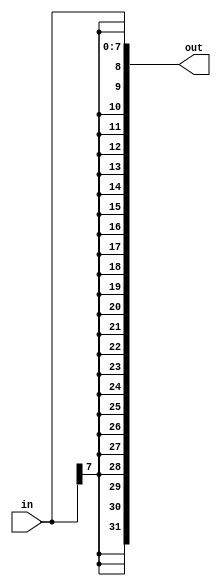
/* 18_vector4.v
 * The replication operator allows repeating a vector and concatenating them together:
 * {num{vector}}
 * {5{1'b1}}            // 5'b11111 (or 5'd31 or 5'h1f)
 * {2{a,b,c}}           // The same as {a,b,c,a,b,c}
 * {3'd5, {2{3'd6}}}    // 9'b101_110_110. It's a concatenation of 101 with
 *                      // the second vector, which is two copies of 3'b110.
 */
module top_module (
    input [7:0] in,
    output [31:0] out
);

    // Concatenate two things together:
    // 1: {in[7]} repeated 24 times (24 bits)
    // 2: in[7:0] (8 bits)
    assign out = { {24{in[7]}}, in };

endmodule